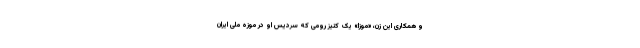
و همکاری این زن، «موزا» یک کنیز رومی که سردیس او در موزه ملی ایران